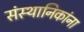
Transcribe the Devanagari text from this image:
संस्थानिकांना